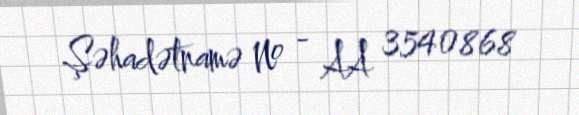
Şəhadətnamə № - AA 3540868